Tezpur Lunatic Asylum reports 1877-1894 - 1877-1894
Year: 1877
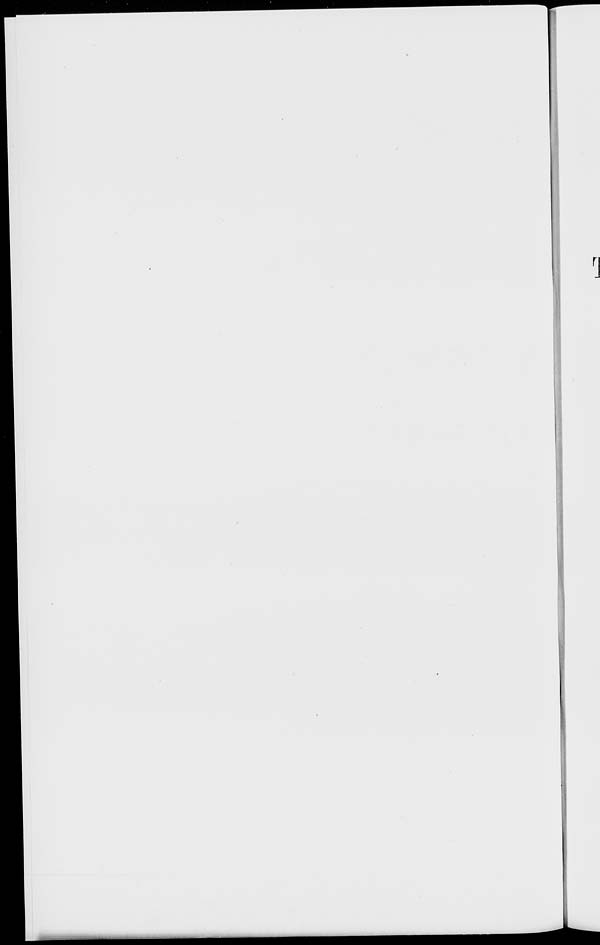
r J